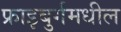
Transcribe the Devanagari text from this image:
फ्राइबुर्गमधील